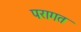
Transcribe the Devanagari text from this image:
परागत